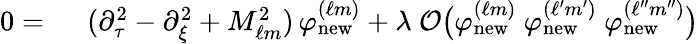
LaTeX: \begin{array}{rl}{0=\ }&{(\partial_{\tau}^{2}-\partial_{\xi}^{2}+M_{\ell m}^{2})\, \varphi_{\mathrm{new}}^{(\ell m)}+\lambda\ \mathcal{O}\big(\varphi_{\mathrm{new}}^{(\ell m)}\ \varphi_{\mathrm{new}}^{(\ell^{\prime}m^{\prime})}\ \varphi_{\mathrm{new}}^{(\ell^{\prime\prime}m^{\prime\prime})}\big)}\end{array}